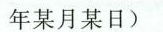
年某月某日)